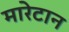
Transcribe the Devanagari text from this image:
मारेटान